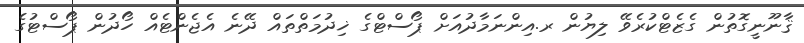
ޤާނޫނީގޮތުން ގެޒެޓްކުރެވޭ ލިޔުން ރ.އިންނަމާދުއަށް ޕޯސްޓްގެ ޚިދުމަތްތައް ދޭނެ އެޖެންޓެއް ހޯދުން ޕޯސްޓުގެ